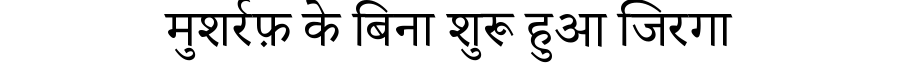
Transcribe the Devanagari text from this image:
मुशर्रफ़ के बिना शुरू हुआ जिरगा